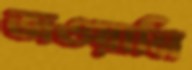
জওয়ানি